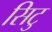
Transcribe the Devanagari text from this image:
सिटु